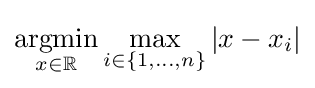
{\underset {x\in \mathbb {R} }{\operatorname {argmin} }}\,{\underset {i\in \{1,\dots ,n\}}{\operatorname {max} }}\,|x-x_{i}|